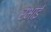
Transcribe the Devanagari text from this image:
रभाई